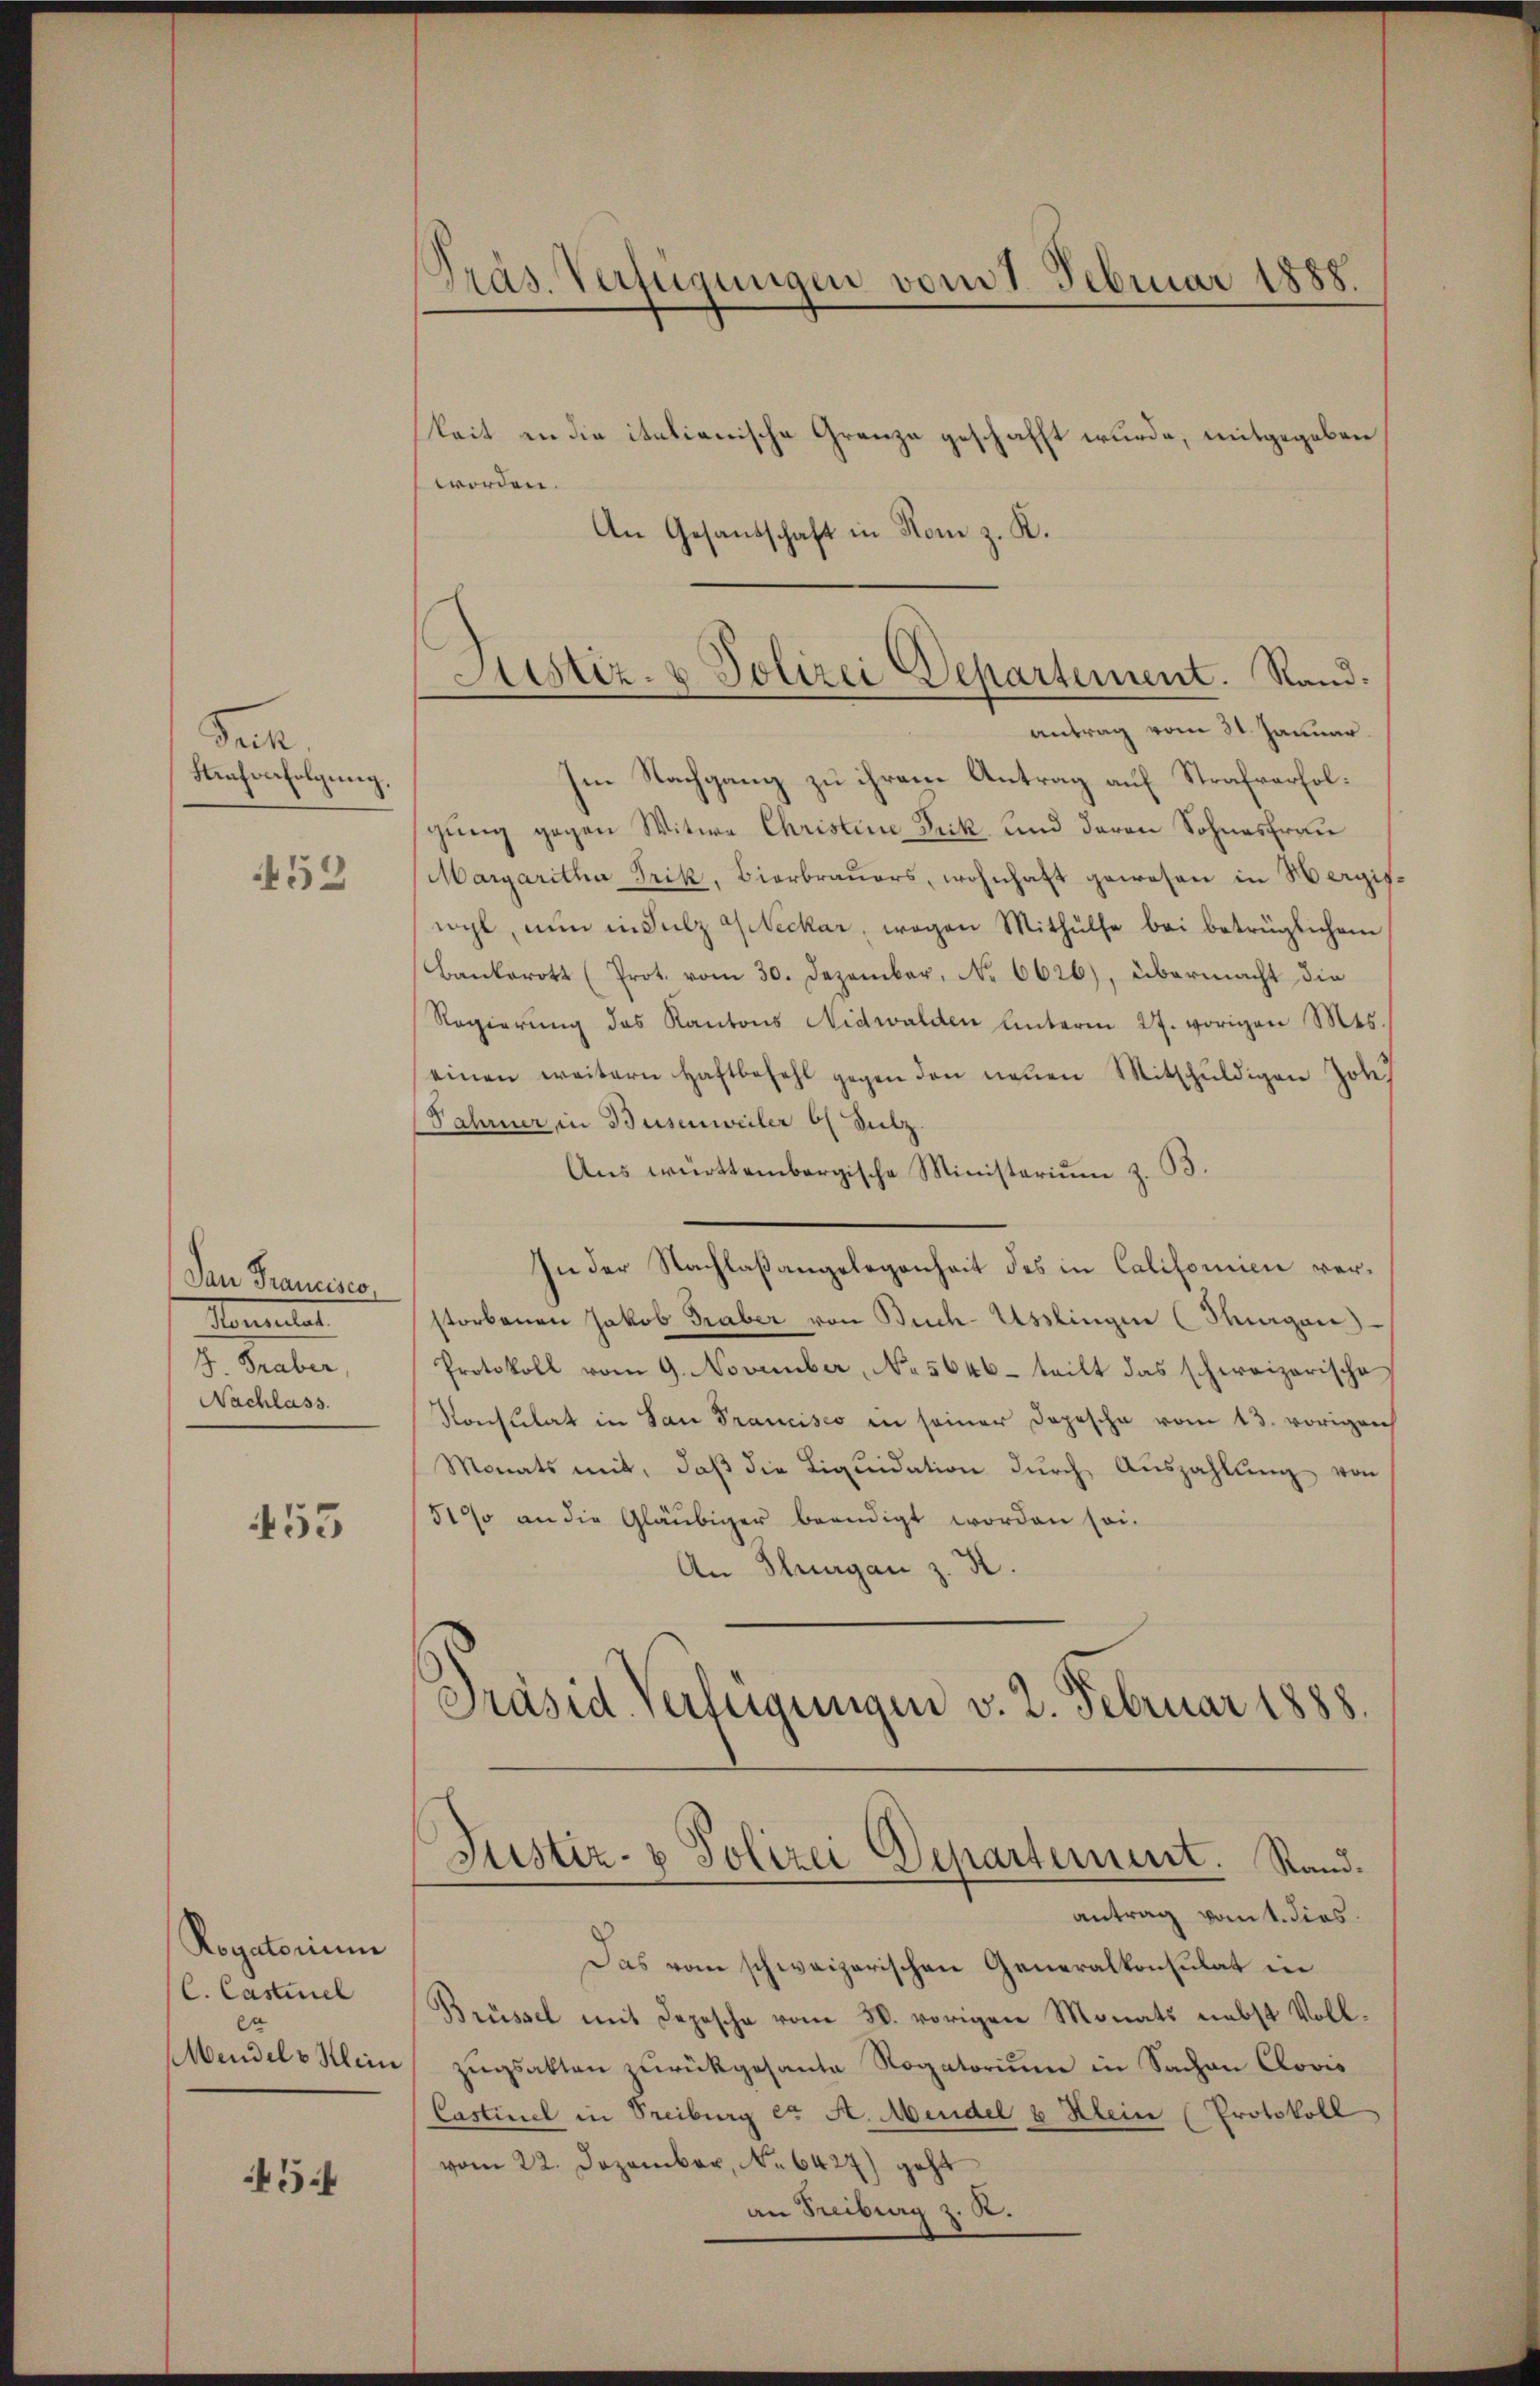
Fen
Strafverfolgung,

53

Dan Francisco
Namentat
4. Graber,
Nachlass.

453

Rogatorium
C. Castel
ca
Mendel v. Klein

5

Präs. Verfügungen vom 1. Februar 1888.

Sistiz- & Polizei Departement. Rand:

keit in die italienische Grenze geschafft wurde, mitgegeben
worden.
An Gesandschaft in Nom z. K.
antrag vom 31. Januar.
Im Nachgang zu ihrem Antrag auf Strafverfolgŭng gegen Witwe Christine Frik und deren Sohnesfrau
Margaritha Trik, Bierbrauers, wohnhaft gewesen in Hergiswyl, nun in Sulz Meckar, wegen Mithülfe bei betrüglichem
Bankerott (Prot. vom 30. Dezember, No. 6626), übermacht die
Regierŭng des Kantons Nidwalden unterm 27. vorigen Mts.
einen weitern Haftbefehl gegen den neuen Mitschŭldigen Joh
Fahrner in Busenweiler bl. Sulz
Ans württembergische Ministerium z. B.
In der Nachlaßangelegenheit des in Californien verstorbenen Jakob Graber von Buch-Usslingen (Thurgan
Protokoll vom 9. November, No 5646. teilt das schweizerische
Konsulat in San Francisco in seiner Depesche vom 13. vorigenh
Monats mit, daβ die Liquidation dŭrch Auszahlŭng von
51 an die Gläubiger beendigt worden sei.
An Thurgau z. R.
Präsid. Verfügungen v. 2. Februar 1888.

Justiz- & Polizei Departement. Stand.

antrag vom 1. dies
Das vom schweizerischen Generalkonsulat in
Brüssel mit Depesche vom 28. vorigen Monats nebst Vollzŭgsakten zurückgesandte Rogatorium in Sachen Clovis
Castinel in Freiburg et A. Mindel u Klein (Protokoll
vom 22. Dezember, No 6427) geht
an Freiberg z. R.